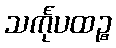
သင်္ကုပထဉ္စ